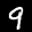
Label: 9